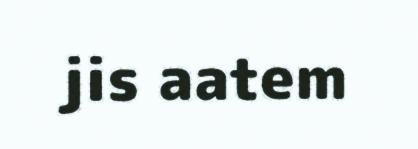
jis aatem